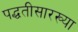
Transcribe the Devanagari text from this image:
पद्धतीसारख्या